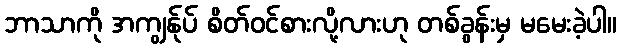
ဘာသာကို အကျွန်ုပ် စိတ်ဝင်စားလို့လားဟု တစ်ခွန်းမှ မမေးခဲ့ပါ။